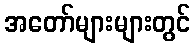
အတော်များများတွင်